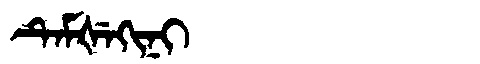
Manchu: ᡨᡝᠮᡧᡝᡴᡳᠨᡳ
Romanization: TEMŠEKINI